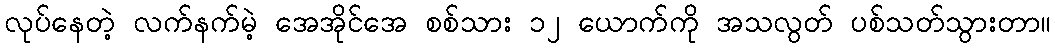
လုပ်နေတဲ့ လက်နက်မဲ့ အေအိုင်အေ စစ်သား ၁၂ ယောက်ကို အသလွတ် ပစ်သတ်သွားတာ။